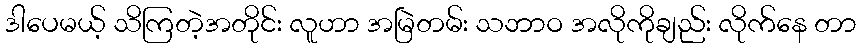
ဒါပေမယ့် သိကြတဲ့အတိုင်း လူဟာ အမြဲတမ်း သဘာဝ အလိုကိုချည်း လိုက်နေ တာ